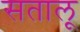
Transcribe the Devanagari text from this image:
सतालू